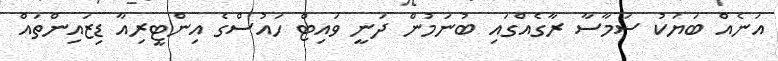
އަނެއް ބަޔަކު ސަމާސާ ރާގެއްގައި ބުނަމުން ދަނީ ވައިޓް ހައުސްގެ އިންޓީރިއާ ޑިޒައިންތައް